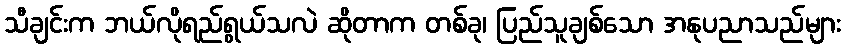
သီချင်းက ဘယ်လိုရည်ရွယ်သလဲ ဆိုတာက တစ်ခု၊ ပြည်သူချစ်သော အနုပညာသည်များ